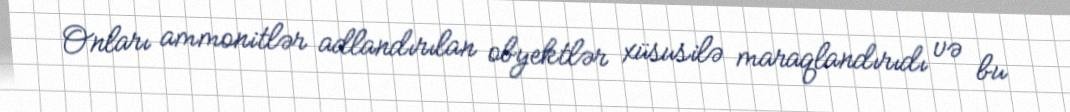
Onları ammonitlər adlandırılan obyektlər xüsusilə maraqlandırıdı və bu